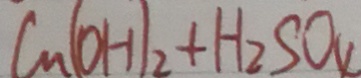
C _ { n } ( O H ) _ { 2 } + H _ { 2 } S O _ { 4 }